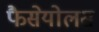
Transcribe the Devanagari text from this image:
फैसेयोलस